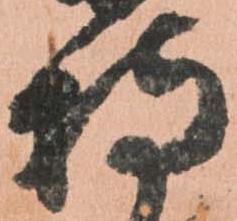
持